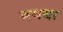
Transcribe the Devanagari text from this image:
गमया